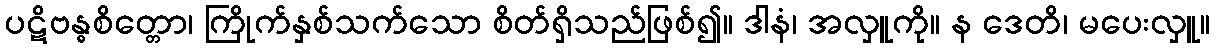
ပဋိဗန္ဓစိတ္တော၊ ကြိုက်နှစ်သက်သော စိတ်ရှိသည်ဖြစ်၍။ ဒါနံ၊ အလှူကို။ န ဒေတိ၊ မပေးလှူ။